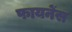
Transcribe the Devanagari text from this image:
फायनेंस